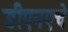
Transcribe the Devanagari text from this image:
डीएनएचे